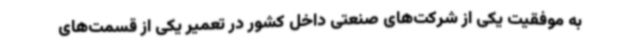
به موفقیت یکی از شرکت‌های صنعتی داخل کشور در تعمیر یکی از قسمت‌های